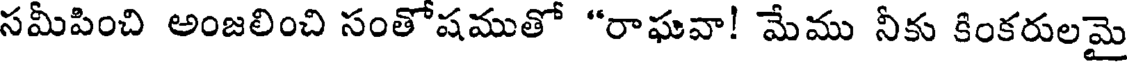
సమీపించి అంజలించి సంతోషముతో "రాఘవా! మేము నీకు కింకరులమై